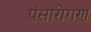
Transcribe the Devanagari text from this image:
पंसारीगण